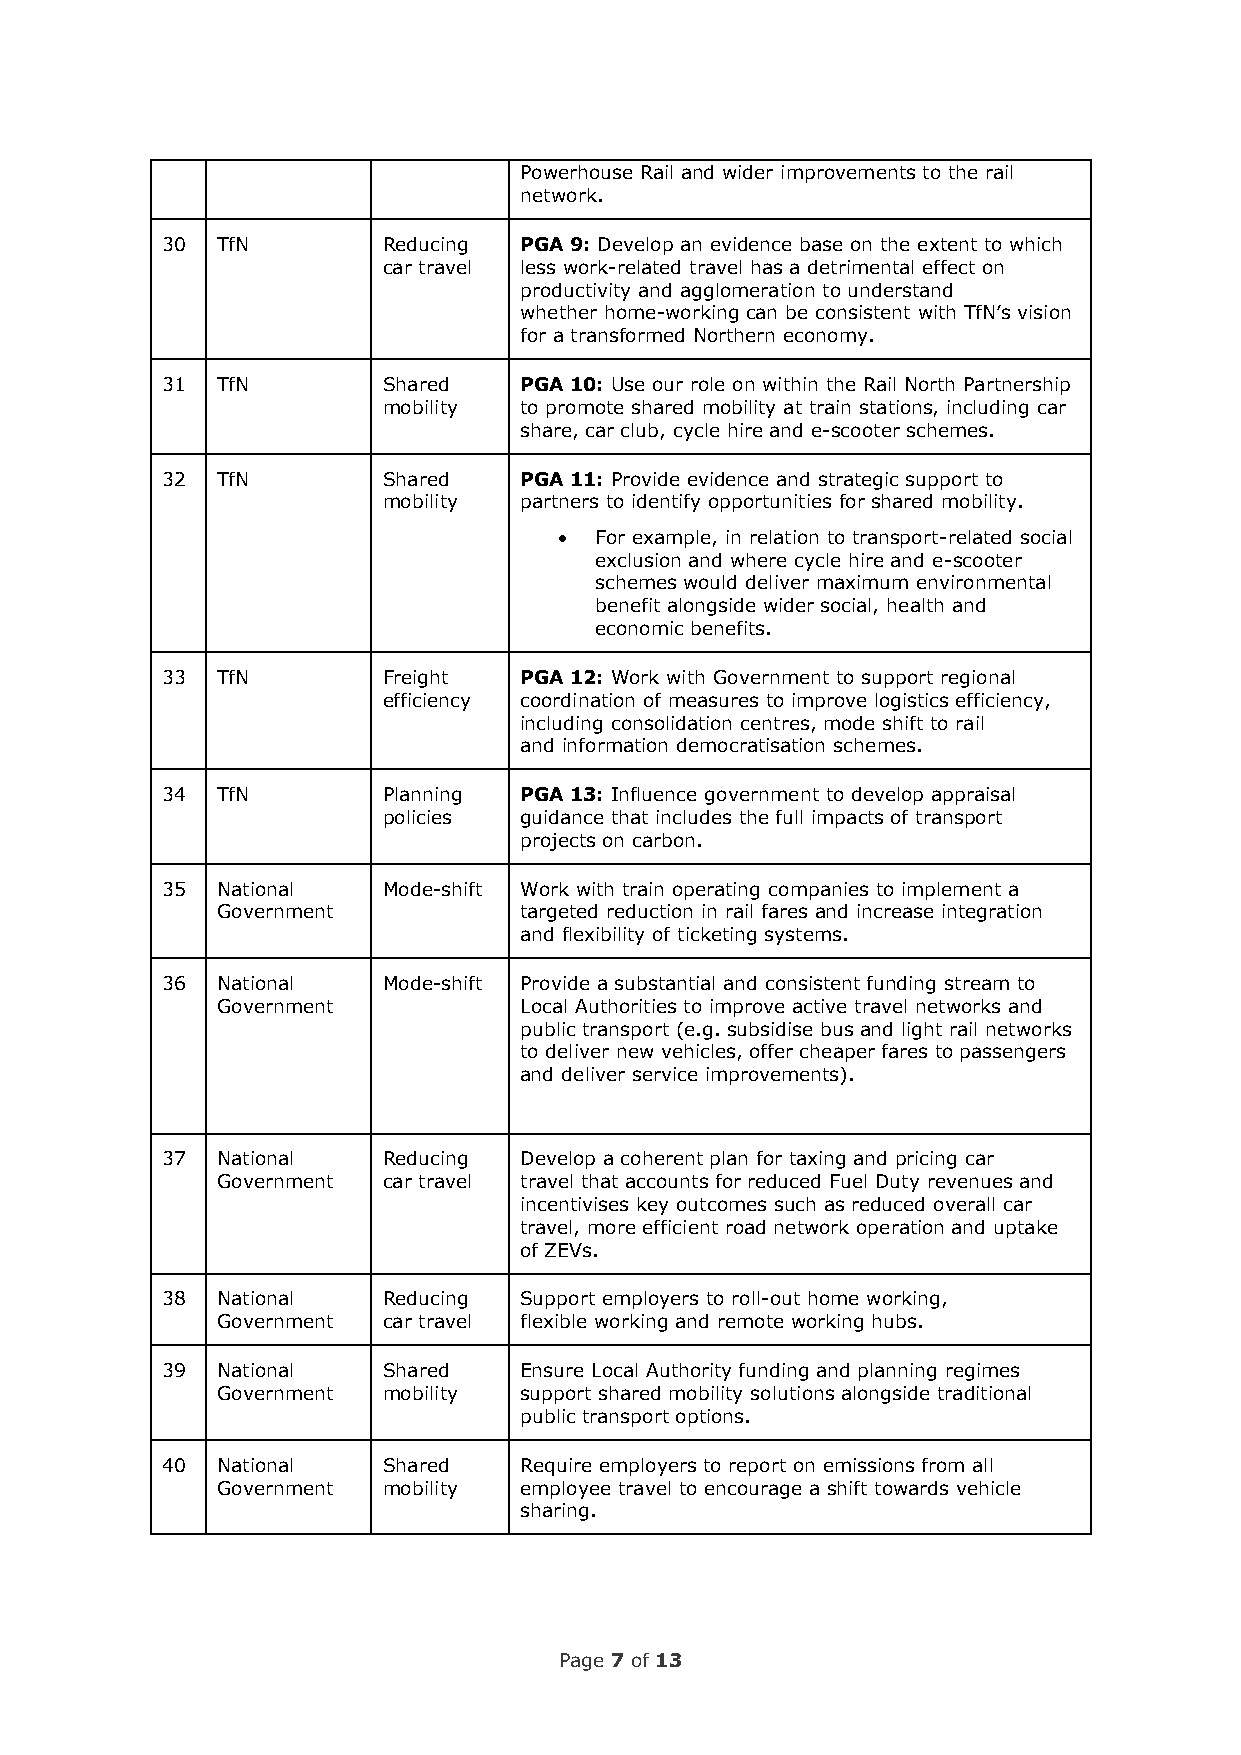
Powerhouse Rail and wider improvements to the rail
 network.
 30 TfN        Reducing PGA 9: Develop an evidence base on the extent to which
 car travel less work-related travel has a detrimental effect on
 productivity and agglomeration to understand
 whether home-working can be consistent with TfN’s vision
 for a transformed Northern economy.
 31 TfN        Shared   PGA 10: Use our role on within the Rail North Partnership
 mobility to promote shared mobility at train stations, including car
 share, car club, cycle hire and e-scooter schemes.
 32 TfN        Shared   PGA 11: Provide evidence and strategic support to
 mobility partners to identify opportunities for shared mobility.
 • For example, in relation to transport-related social
 exclusion and where cycle hire and e-scooter
 schemes would deliver maximum environmental
 benefit alongside wider social, health and
 economic benefits.
 33 TfN        Freight  PGA 12: Work with Government to support regional
 efficiency coordination of measures to improve logistics efficiency,
 including consolidation centres, mode shift to rail
 and information democratisation schemes.
 34 TfN        Planning PGA 13: Influence government to develop appraisal
 policies guidance that includes the full impacts of transport
 projects on carbon.
 35 National   Mode-shift Work with train operating companies to implement a
 Government          targeted reduction in rail fares and increase integration
 and flexibility of ticketing systems.
 36 National   Mode-shift Provide a substantial and consistent funding stream to
 Government          Local Authorities to improve active travel networks and
 public transport (e.g. subsidise bus and light rail networks
 to deliver new vehicles, offer cheaper fares to passengers
 and deliver service improvements).
 37 National   Reducing Develop a coherent plan for taxing and pricing car
 Government car travel travel that accounts for reduced Fuel Duty revenues and
 incentivises key outcomes such as reduced overall car
 travel, more efficient road network operation and uptake
 of ZEVs.
 38 National   Reducing Support employers to roll-out home working,
 Government car travel flexible working and remote working hubs.
 39 National   Shared   Ensure Local Authority funding and planning regimes
 Government mobility support shared mobility solutions alongside traditional
 public transport options.
 40 National   Shared   Require employers to report on emissions from all
 Government mobility employee travel to encourage a shift towards vehicle
 sharing.
 Page 7 of 13